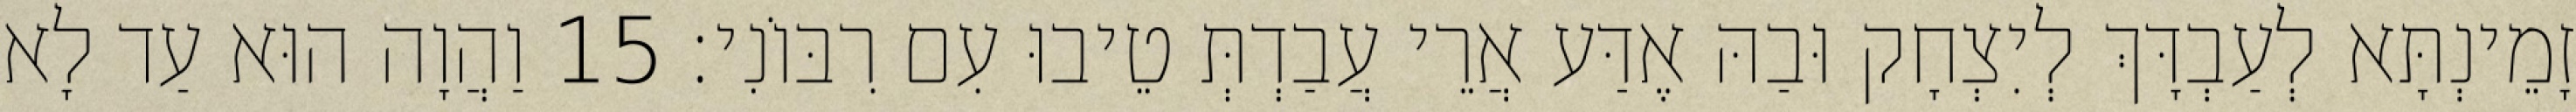
זָמֵינְתָּא לְעַבְדָּךְ לְיִצְחָק וּבַהּ אֶדַּע אֲרֵי עֲבַדְתְּ טֵיבוּ עִם רִבּוֹנִי׃ 15 וַהֲוָה הוּא עַד לָא